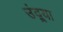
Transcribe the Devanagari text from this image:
उंद्र्या